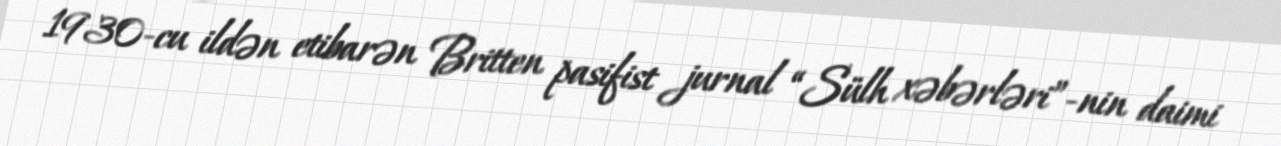
1930-cu ildən etibarən Britten pasifist jurnal “Sülh xəbərləri”-nin daimi